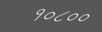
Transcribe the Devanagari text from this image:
१०८००